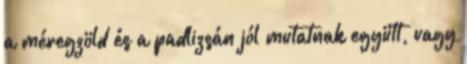
a méregzöld és a padlizsán jól mutatnak együtt, vagy